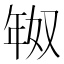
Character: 𫷗